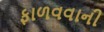
ફાળવવાની